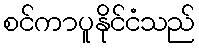
စင်ကာပူနိုင်ငံသည်